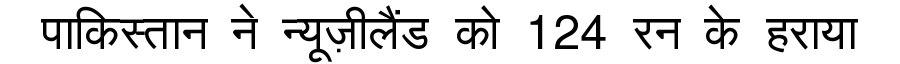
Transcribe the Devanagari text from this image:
पाकिस्तान ने न्यूज़ीलैंड को 124 रन के हराया